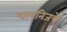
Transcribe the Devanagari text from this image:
चायनिजचे